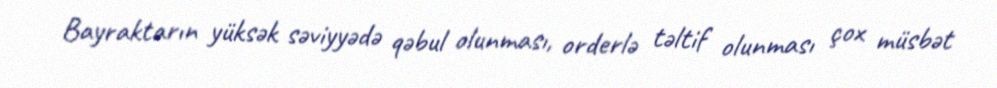
Bayraktarın yüksək səviyyədə qəbul olunması, orderlə təltif olunması çox müsbət